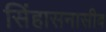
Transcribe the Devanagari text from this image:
सिंहासनासीब